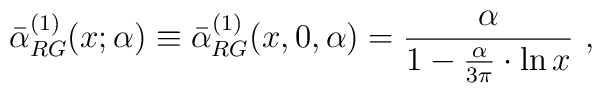
\bar\alpha^{(1)}_{RG}(x;\alpha)\equiv \bar\alpha^{(1)}_{RG}(x,0,\alpha)=\frac{\alpha}{1-\frac{\alpha}{3\pi}\cdot\ln x}\,\,,